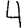
Digit: 4